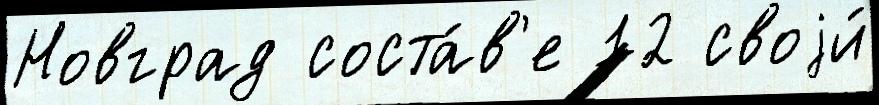
Новград соста́в'е 12 своjи́